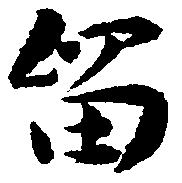
留